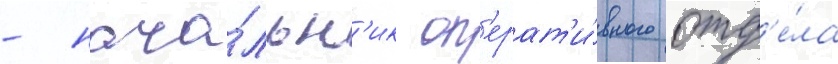
- нача́льн'ик оп'ерат'и́вного отд'е́ла